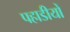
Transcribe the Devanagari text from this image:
पहाडीयों